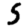
Digit: 5